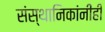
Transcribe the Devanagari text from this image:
संस्थानिकांनीही